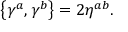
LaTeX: \left\{ \gamma ^ { a } , \gamma ^ { b } \right\} = 2 \eta ^ { a b } .